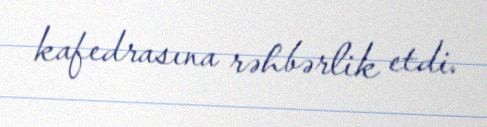
kafedrasına rəhbərlik etdi.